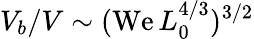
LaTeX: V_{b}/V\sim(\mathrm{We}\, L_{0}^{4/3})^{3/2}